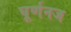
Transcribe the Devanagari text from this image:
घूर्णनज